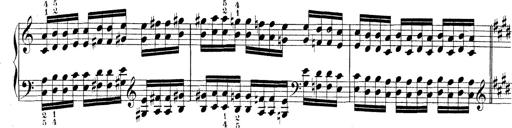
Title: Technische Studien
Composer: Franz Liszt